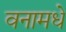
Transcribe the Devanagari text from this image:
वनामधे